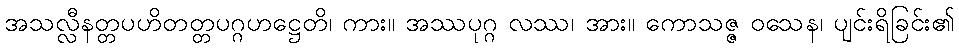
အသလ္လီနတ္တပဟိတတ္တပဂ္ဂဟဋ္ဌေတိ၊ ကား။ အဿပုဂ္ဂ လဿ၊ အား။ ကောသဇ္ဇ ဝသေန၊ ပျင်းရိခြင်း၏